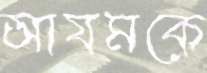
আযমকে